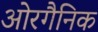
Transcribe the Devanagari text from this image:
ओरगैनिक